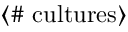
\langle \# \; \mathrm { c u l t u r e s } \rangle